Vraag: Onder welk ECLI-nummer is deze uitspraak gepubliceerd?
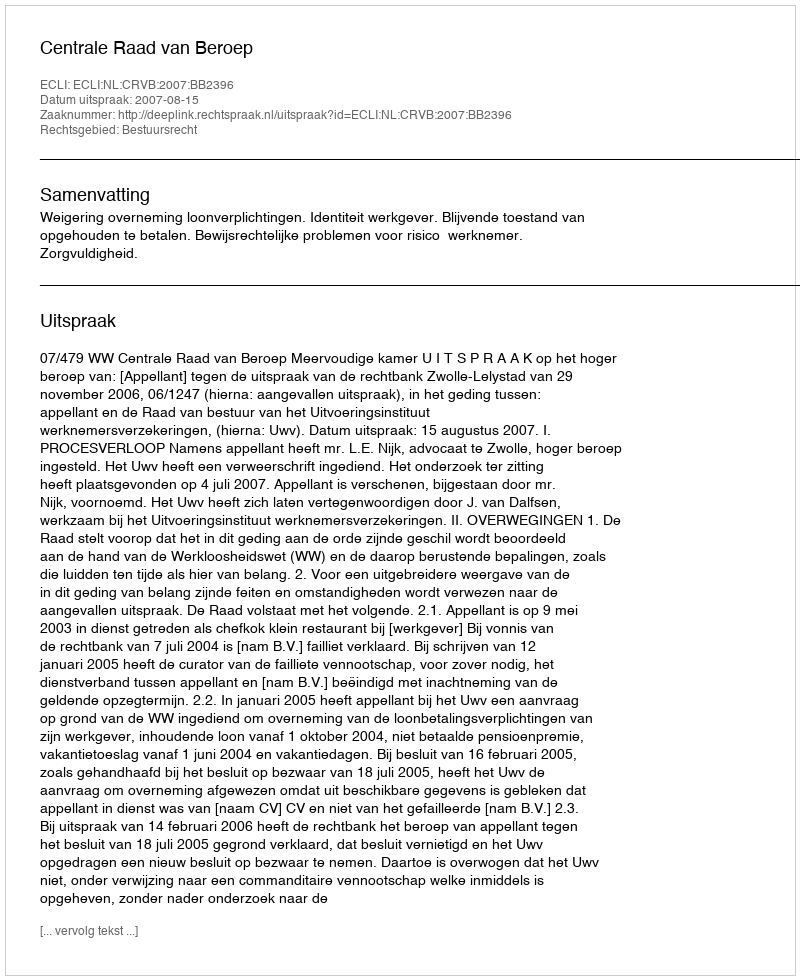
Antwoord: ECLI:NL:CRVB:2007:BB2396